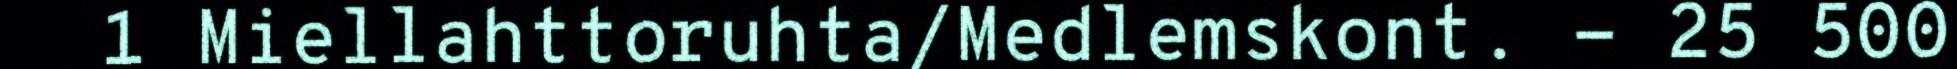
1 Miellahttoruhta/Medlemskont. - 25 500